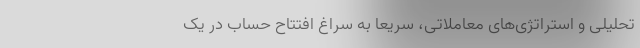
تحلیلی و استراتژی‌های معاملاتی، سریعاً به سراغ افتتاح حساب در یک